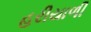
હરીયાળી